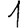
Digit: 1